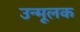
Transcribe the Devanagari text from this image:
उन्मूलक